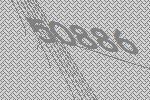
50886